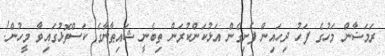
ރަމަޟާން މަހުގެ ފަހު ދިހައިން ފެށިގެން އަޅުކަންކުރަން ތިބެނީ ޝައިޠާނާގެ ކަސްތޮޅުގައިވާ މީހުން!